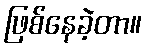
ဖြစ်နေခဲ့တာ။